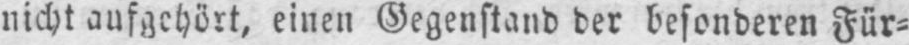
nicht aufgehört, einen Gegenstand der besonderen Für⸗